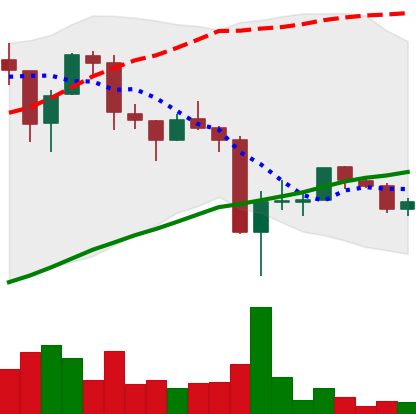
Ticker: LTC-USD
Chart end date: 2017-09-22
Forward return: 17.036%
Label: up_7plus